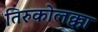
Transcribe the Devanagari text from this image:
तिरुकोलक्का